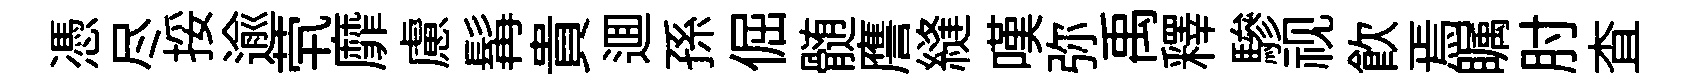
憑尽挼逾茕靡慮髯貴逥孫倔髄譍縫嘆弥禹釋驂视飲焉瞩肘查